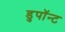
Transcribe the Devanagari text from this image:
डुपॉन्ट